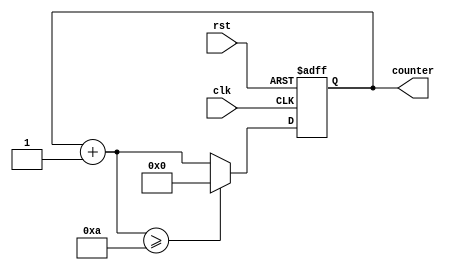
module IncrementalForLoop(
    input wire clk,
    input wire rst,
    output reg[7:0] counter
);

reg[7:0] start_value = 0;
reg[7:0] end_value = 10;
reg[7:0] step_value = 1;

always @(posedge clk or posedge rst) begin
    if(rst) begin
        counter <= start_value;
    end else begin
        if(counter + step_value >= end_value) begin
            counter <= start_value;
        end else begin
            counter <= counter + step_value;
        end
    end
end

endmodule